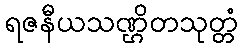
ရဇနီယသဏ္ဌိတသုတ္တံ